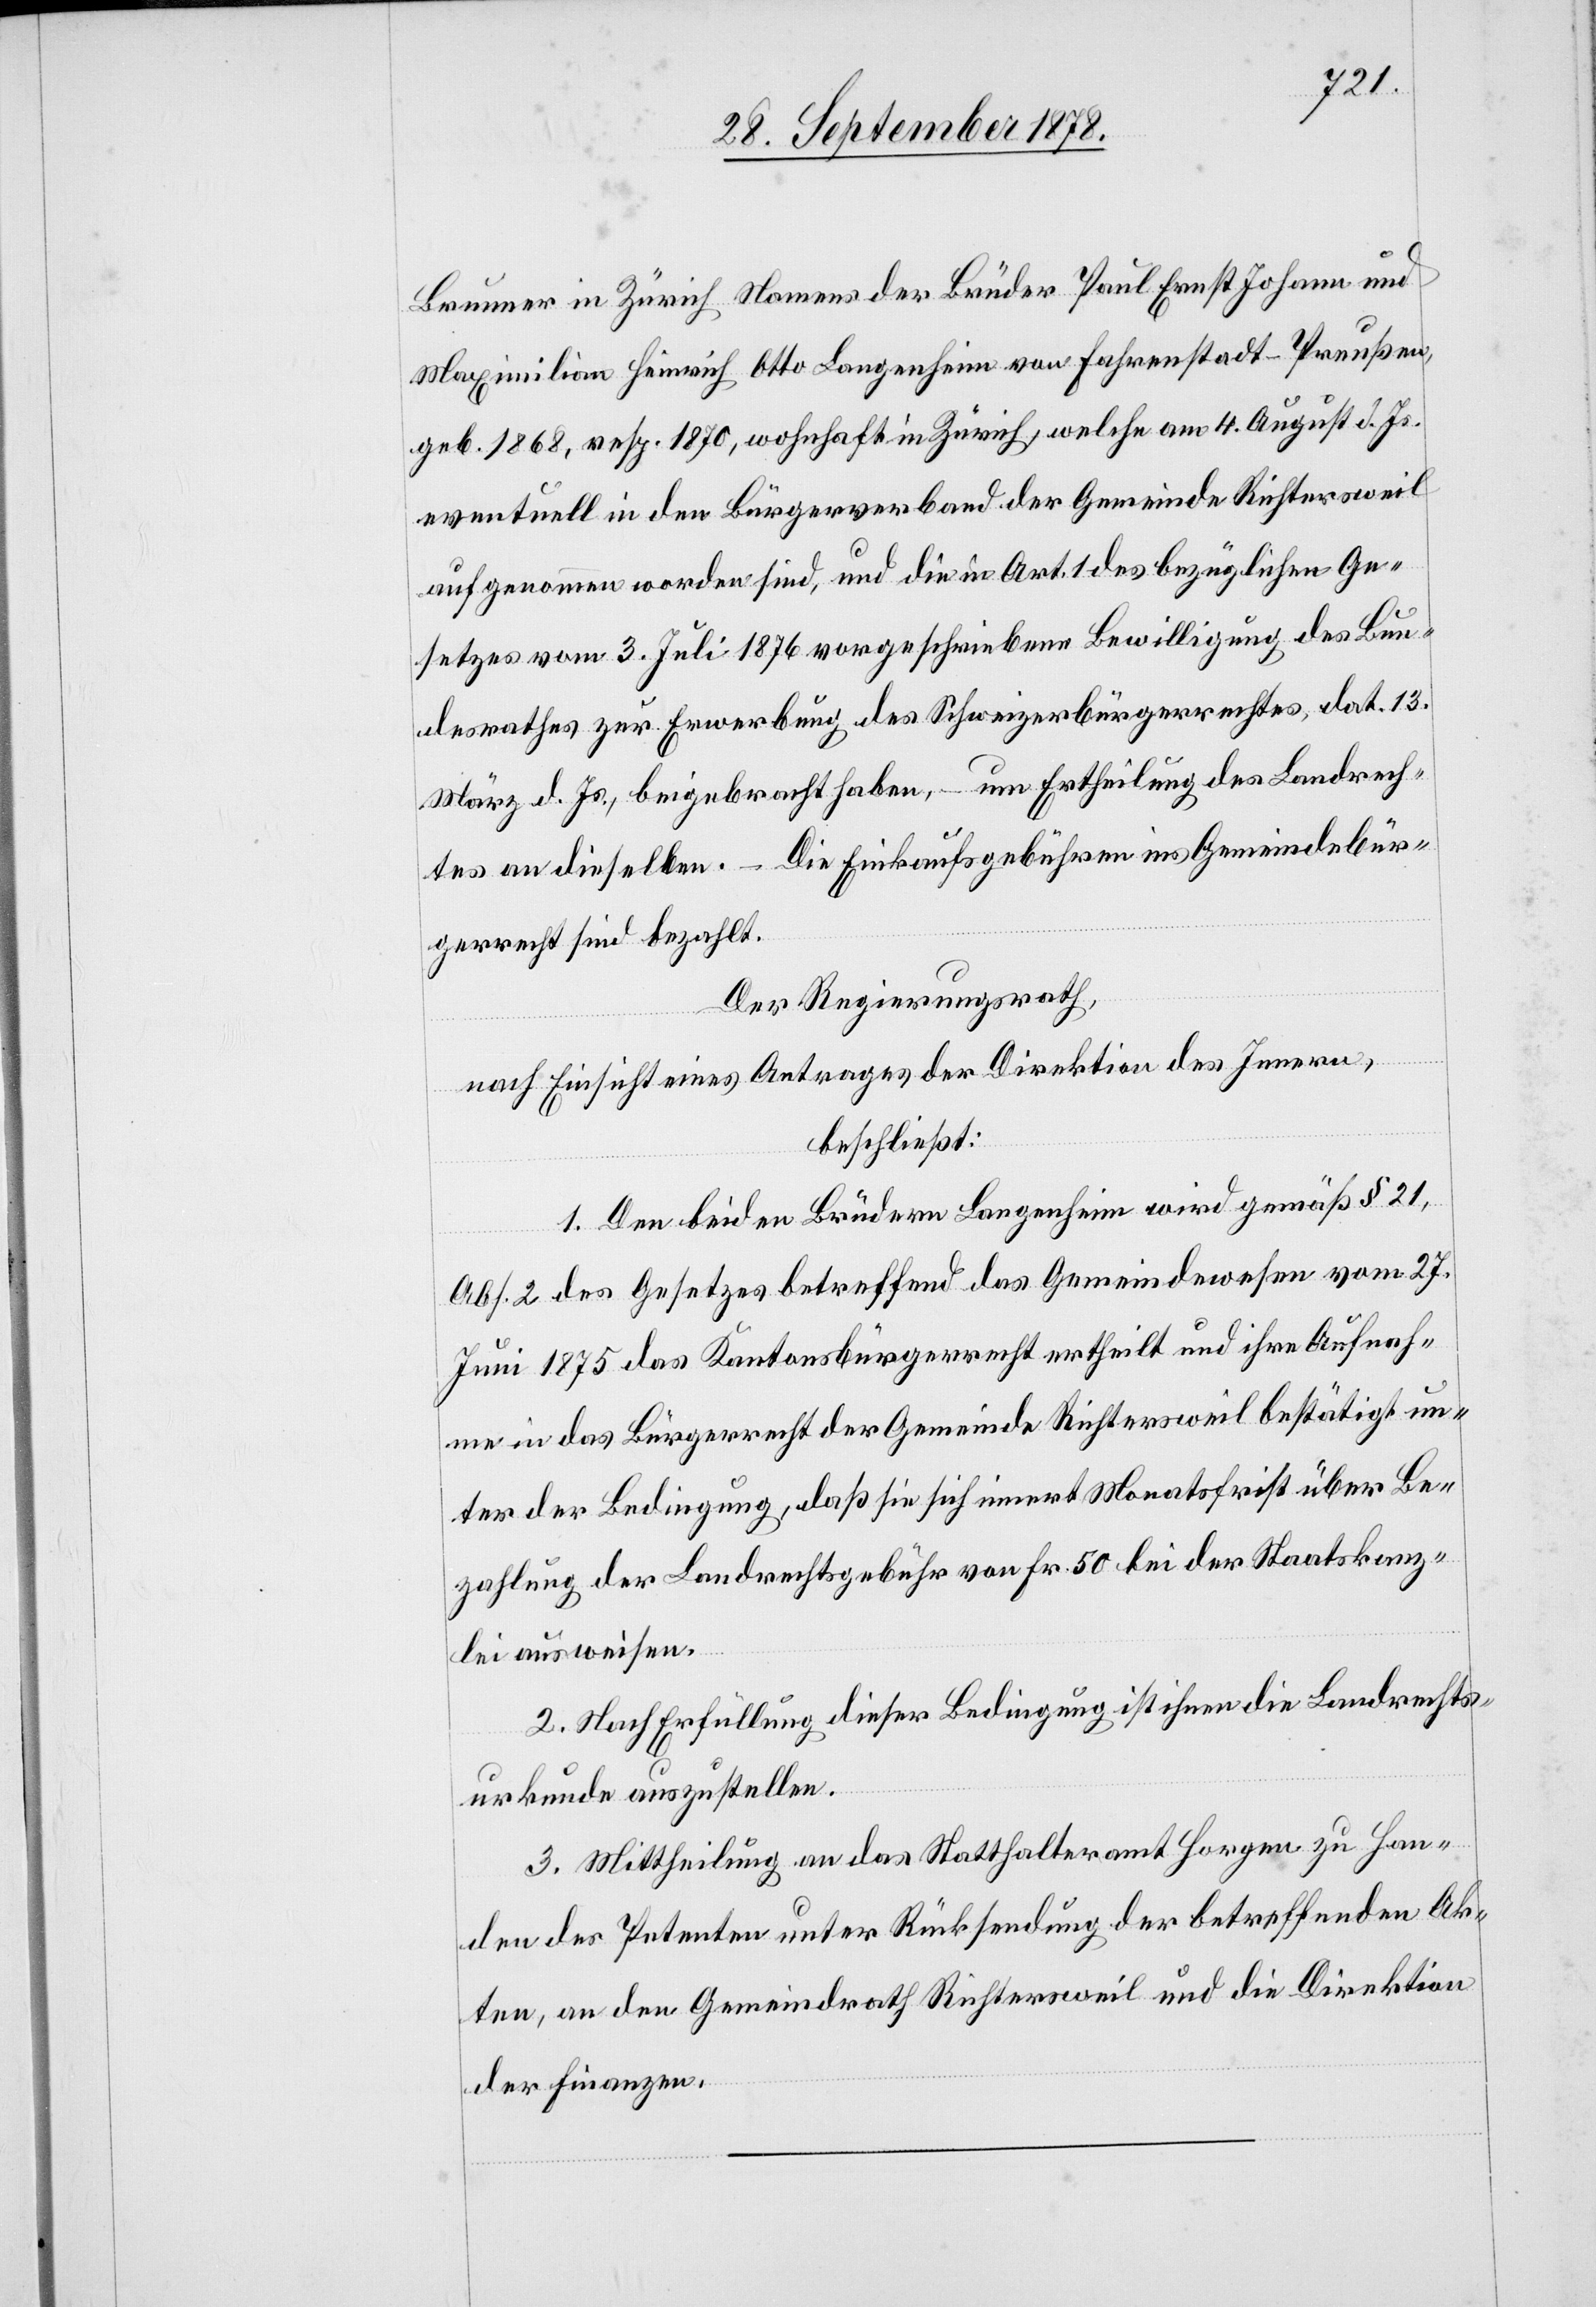
Brunner in Zürich Namens der Brüder Paul Ernst Johann und
Maximilian Heinrich Otto Langenheim von Fahrenstadt - Preußen,
geb. 1868, resp. 1870, wohnhaft in Zürich, welche am 4. August d. Js.
eventuell in den Bürgerverband der Gemeinde Richtersweil
aufgenommen worden sind, und die in Art. 1 des bezüglichen Ge¬
setzes vom 3. Juli 1876 vorgeschriebene Bewilligung des Bun¬
desrathes zur Erwerbung des Schweizerbürgerrechtes, dat. 13.
März d. Js., beigebracht haben, – um Ertheilung des Landrech¬
tes an dieselben. Die Einkaufsgebühren ins Gemeindebür¬
gerrecht sind bezahlt.
Der Regierungsrath,
nach Einsicht eines Antrages der Direktion des Innern,
beschließt:
1. Den beiden Brüdern Langenheim wird gemäß § 21,
Abs. 2 des Gesetzes betreffend das Gemeindewesen vom 27.
Juni 1875 das Kantonsbürgerrecht ertheilt und ihre Aufnah¬
me in das Bürgerrecht der Gemeinde Richtersweil bestätigt un¬
ter der Bedingung, daß sie sich innert Monatsfrist über Be¬
zahlung der Landrechtsgebühr von Fr. 50 bei der Staatskanz¬
lei ausweisen.
2. Nach Erfüllung dieser Bedingung ist ihnen die Landrechts¬
urkunde auszustellen.
3. Mittheilung an das Statthalteramt Horgen zu Han¬
den des Petenten unter Rücksendung der betreffenden Ak¬
ten, an den Gemeindrath Richtersweil und die Direktion
der Finanzen.